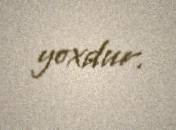
yoxdur.